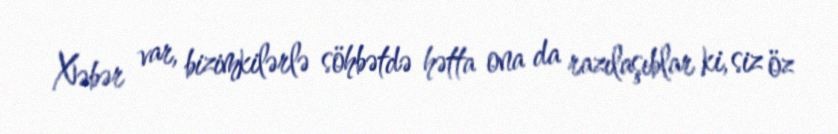
Xəbər var, bizimkilərlə söhbətdə hətta ona da razılaşıblar ki, siz öz